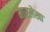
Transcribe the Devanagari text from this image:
मारलेखा